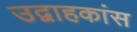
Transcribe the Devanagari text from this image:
उद्वाहकांस